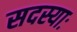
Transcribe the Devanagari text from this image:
सदस्याः